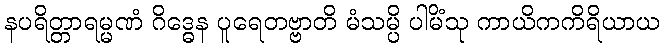
နပရိတ္တာရမ္မဏံ ဂိဒ္ဓေန ပူရေတဗ္ဗာတိ မံသမ္ပိ ပါမိံသု ကာယိကကိရိယာယ